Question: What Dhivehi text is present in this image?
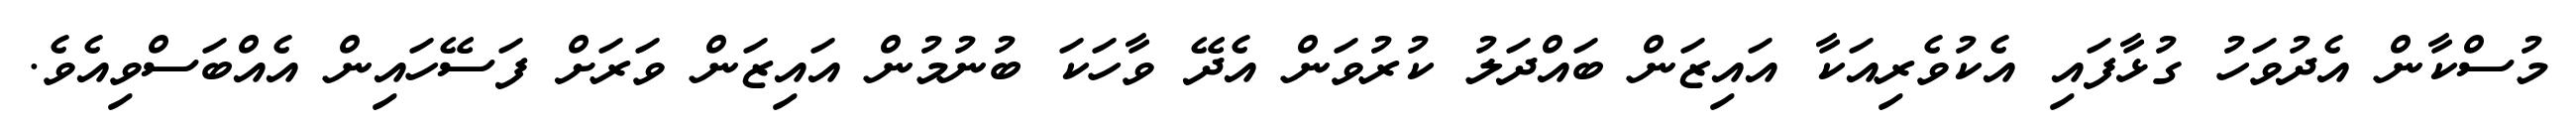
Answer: މުސްކާން އެދުވަހު ގުޅާފައި އެކުވެރިއަކާ އައިޒަން ބައްދަލު ކުރުވަން އެދޭ ވާހަކަ ބުނުމުން އައިޒަން ވަރަށް ފަސޭހައިން އެއްބަސްވިއެވެ.